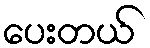
ပေးတယ်